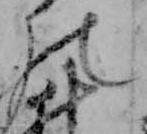
の